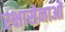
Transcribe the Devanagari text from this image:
रक्षासेनाओं